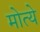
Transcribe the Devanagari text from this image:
मोत्ये